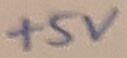
Text: +5V